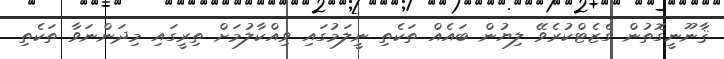
ޤާނޫނީގޮތުން ގެޒެޓްކުރެވޭ ލިޔުން ބައެއް ތަކެތި ނީލަމުގައި ވިއްކާލުމަށް ތިރީގައި މިދަންނަވާ ތަކެތި